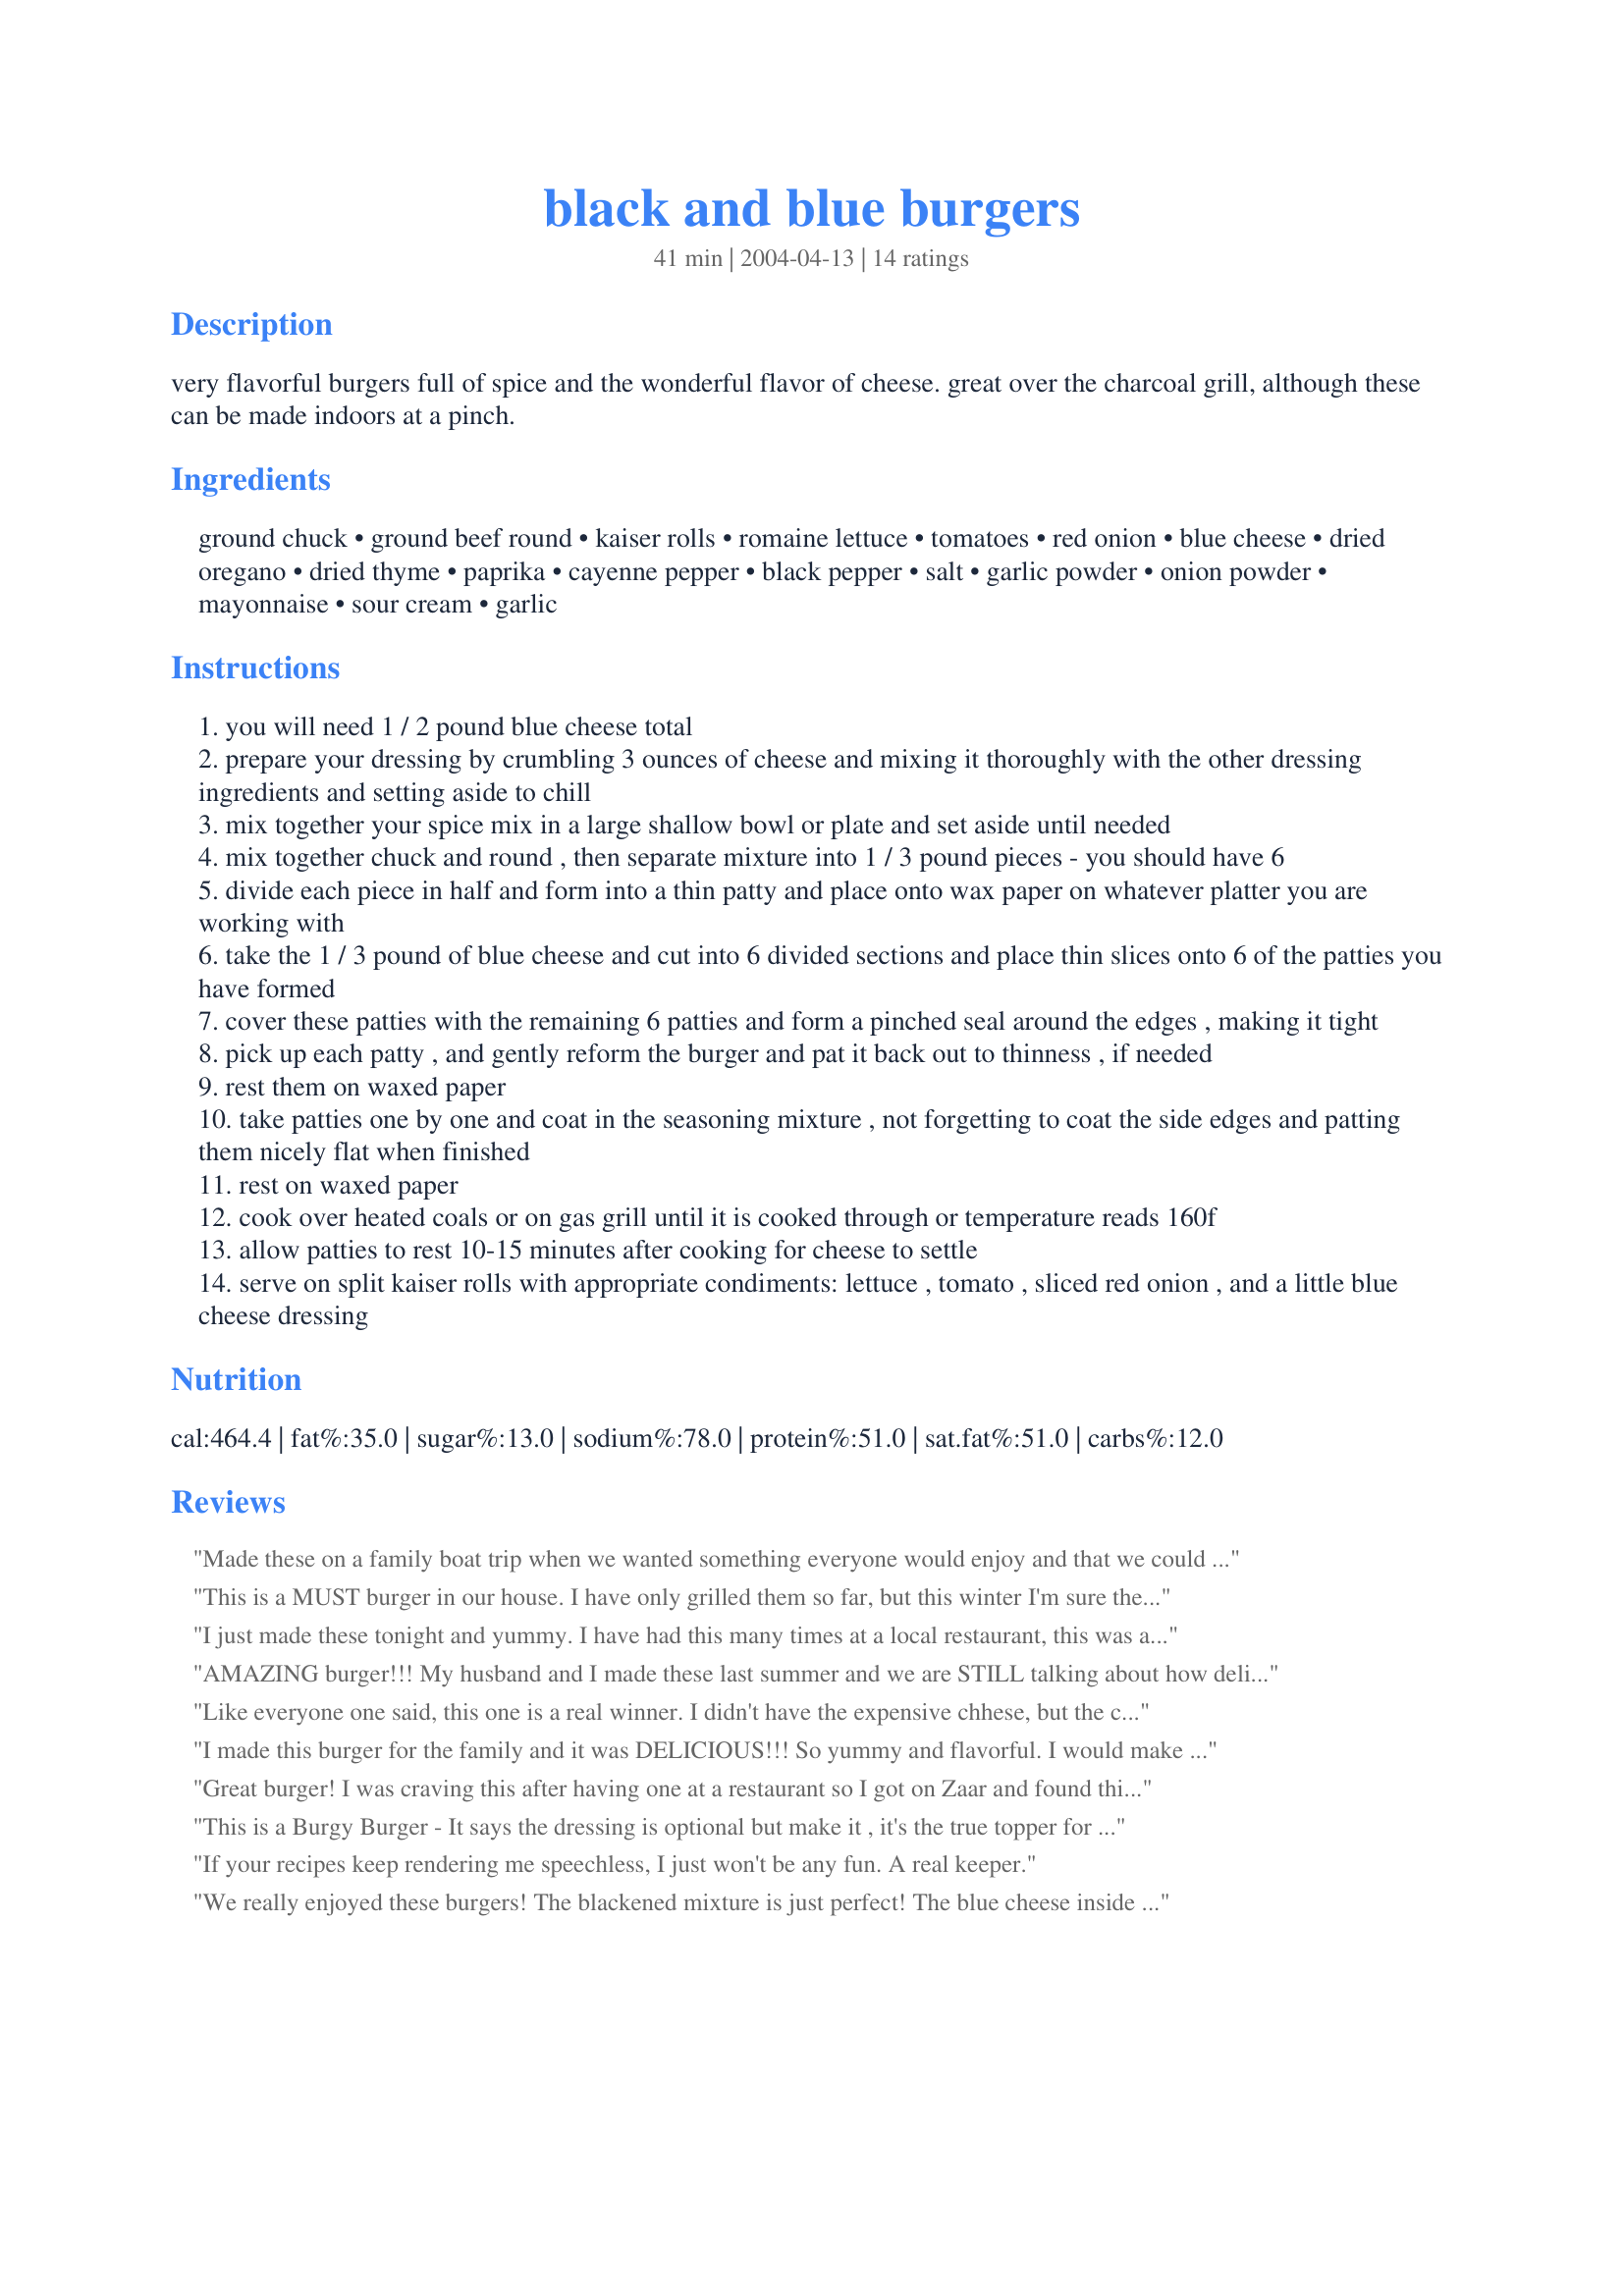
black and blue burgers
Preparation time: 41 minutes

very flavorful burgers full of spice and the wonderful flavor of cheese. great over the charcoal grill, although these can be made indoors at a pinch.

Ingredients:
ground chuck, ground beef round, kaiser rolls, romaine lettuce, tomatoes, red onion, blue cheese, dried oregano, dried thyme, paprika, cayenne pepper, black pepper, salt, garlic powder, onion powder, mayonnaise, sour cream, garlic

Steps:
you will need 1 / 2 pound blue cheese total
prepare your dressing by crumbling 3 ounces of cheese and mixing it thoroughly with the other dressing ingredients and setting aside to chill
mix together your spice mix in a large shallow bowl or plate and set aside until needed
mix together chuck and round , then separate mixture into 1 / 3 pound pieces - you should have 6
divide each piece in half and form into a thin patty and place onto wax paper on whatever platter you are working with
take the 1 / 3 pound of blue cheese and cut into 6 divided sections and place thin slices onto 6 of the patties you have formed
cover these patties with the remaining 6 patties and form a pinched seal around the edges , making it tight
pick up each patty , and gently reform the burger and pat it back out to thinness , if needed
rest them on waxed paper
take patties one by one and coat in the seasoning mixture , not forgetting to coat the side edges and patting them nicely flat when finished
rest on waxed paper
cook over heated coals or on gas grill until it is cooked through or temperature reads 160f
allow patties to rest 10-15 minutes after cooking for cheese to settle
serve on split kaiser rolls with appropriate condiments: lettuce , tomato , sliced red onion , and a little blue cheese dressing

Reviews:
Made these on a family boat trip when we wanted something everyone would enjoy and that we could put together with little effort. The cheese in the middle tastes great and adds extra flavor to the burger. Even though my boyfriend complained about how it would have been easier to make regular cheeseburgers, he sure was pleased with the results and took back the earlier moans and groans.
This is a MUST burger in our house. I have only grilled them so far, but this winter I'm sure they will be just as good inside. The sauce is a nice touch with the red onion lettuce and tomato. When friends hear that I am cooking them...they invite themselves over!
I just made these tonight and yummy. I have had this many times at a local restaurant, this was as good maybe better. Really not long to make and I made no changes to it. Glad I found this one, it is a keeper.
AMAZING burger!!! My husband and I made these last summer and we are STILL talking about how delicious they were! This is the way a burger should taste! thanks for a fabulous recipe!
Like everyone one said, this one is a real winner. I didn't have the expensive chhese, but the crumbled did well. My hubby overgrilled them and they were still yummy. Can't wait to try them cooked correctly.
I made this burger for the family and it was DELICIOUS!!! So yummy and flavorful. I would make a double recipe of the sauce to use on sandwiches or left overs next time. We were planning to go out to eat at a fancy burger joint and just couldn't see spending $8 on one burger (that didn't even include fries). We stayed home and googled black and blue burgers. We were very happy we decided to just grill our own. We saved money and had left-overs for lunch! :) Great recipe!
Great burger! I was craving this after having one at a restaurant so I got on Zaar and found this recipe. I used 96% lean ground beef, reduced-fat bleu cheese crumbles and grilled them on the George. My husband even "tweeted" how awesome I was after he tasted them, haha. I did not add the bleu cheese to the dressing, as I thought it might be too much.
This is a Burgy Burger - It says the dressing is optional but make it , it's the true topper for this burger- I did not have any onion powder left so I added crispy onions that I had made earlier. I added 2 tsp for 1 burger, I also added 1/2 tsp chili flakes to the dressing. I keep saying nothing can beat the last buther I made and then alongs come the Black & Blue Burger - Thanks Sue for a great burger
If your recipes keep rendering me speechless, I just won't be any fun. A real keeper.
We really enjoyed these burgers! The blackened mixture is just perfect! The blue cheese inside is such a great addition. I didn't make the dressing, since I had a bottle of blue cheese dressing that I spread on my buns! Thanks for the keeper, I will be making this again and using your blackened seasoning for other meats/burgers too!! :)
Flavor FULL is right. The 3 oz of blue cheese in the dressing almost sent this burger over the top for me but Dh gobbled it up. You may want to cut back on the blue cheese in the dressing a bit unless you're a die-hard fan. We both found the burgers perfect as is. Sue L, you're black and blue combination is truly inspired.
Made this as written except used Recipe #297404 as the blackening seasoning. These are very flavorful and the dressing is great!! Thanks for posting!
We are blue cheese lovers and enjoyed these burgers. I didn't make the dressing this time but will the next. The charcoal grill is a must for the added flavor.
Ohmigosh, these burgers are awesome! I made these for DS and myself since DH doesn't care for blue cheese. I melted swiss cheese on them in addition to the blue cheese. Added onion and freshly sliced tomato from the garden and was just in heaven. The spice mix is great, really right on the mark. These are some cheesy burgers! Will definitely make these again, Sue...thanks for posting!
